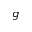
g